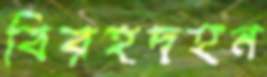
বিরহদহন